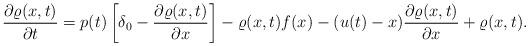
LaTeX: \begin{align*} \frac{\partial \varrho (x,t)}{\partial t} = p(t) \left[ \delta_0 - \frac{\partial \varrho (x,t)}{\partial x} \right] - \varrho (x,t) f(x) - (u(t) - x) \frac{\partial \varrho ( x, t)}{\partial x } + \varrho (x,t ).\end{align*}